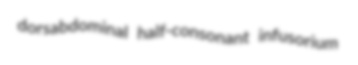
dorsabdominal half-consonant infusorium